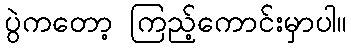
ပွဲကတော့ ကြည့်ကောင်းမှာပါ။